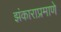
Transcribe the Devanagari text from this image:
झंकाराप्रमाणे